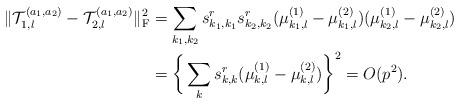
LaTeX: \begin{align*}\|\mathcal{T}_{1,l}^{(a_1,a_2)}-\mathcal{T}_{2,l}^{(a_1,a_2)}\|_{\rm F}^2 &=\sum_{k_1,k_2}s_{k_1,k_1}^{r}s_{k_2,k_2}^{r}(\mu_{k_1,l}^{(1)}-\mu_{k_1,l}^{(2)})(\mu_{k_2,l}^{(1)}-\mu_{k_2,l}^{(2)})\\&=\bigg\{\sum_{k}s_{k,k}^{r}(\mu_{k,l}^{(1)}-\mu_{k,l}^{(2)})\bigg\}^{2}=O(p^2).\end{align*}